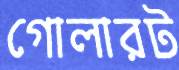
গোলারট